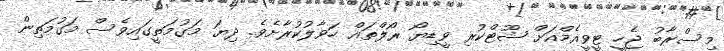
މިސްރާބު ޖެހީ ޓީވީއެމްއަށް ޝޫޓްކުރި ވީޑިޔޯ ރޯލްތައް ހަވާލުކުރާށެވެ. ދިޔަ މަގުމަތީގައިވެސް މަގުމަތިން